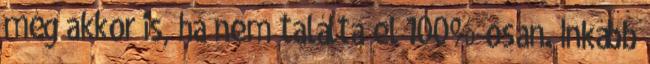
még akkor is, ha nem találta el 100%-osan. Inkább